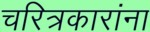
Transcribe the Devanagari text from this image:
चरित्रकारांना